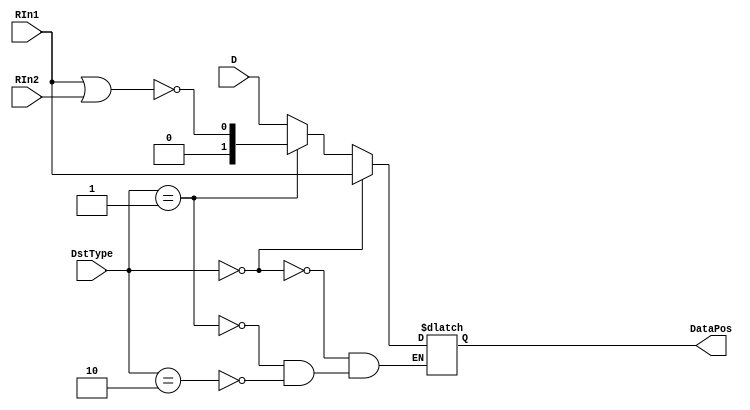
/*
Date : 2018-12-03
Name : ResultDst
*/

module RESULTDST(RIn1, RIn2, DstType, D, DataPos);
input [1:0] RIn1;
input [1:0] RIn2;
input [1:0] DstType; // control signal
input [1:0] D;

output reg [1:0] DataPos;


always@(*) begin
	if(DstType==2'b00) begin // RIn1
		DataPos <= RIn1;
	end
	else if(DstType==2'b01) begin // ResultDst
		DataPos <= !(RIn1|RIn2);
	end
	else if(DstType==2'b10) begin // D[k]
		DataPos <= D;
	end
end
endmodule